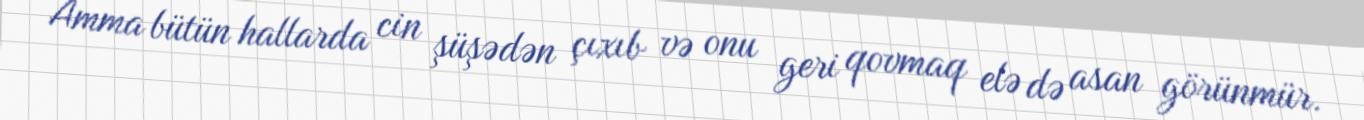
Amma bütün hallarda cin şüşədən çıxıb və onu geri qovmaq elə də asan görünmür.